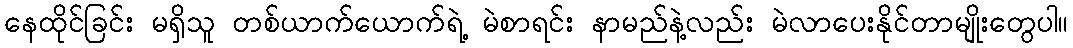
နေထိုင်ခြင်း မရှိသူ တစ်ယာက်ယောက်ရဲ့ မဲစာရင်း နာမည်နဲ့လည်း မဲလာပေးနိုင်တာမျိုးတွေပါ။